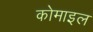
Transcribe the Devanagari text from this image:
कोमाइल